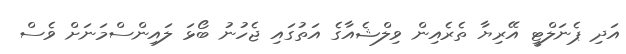
އަދި ޕެނަލްޓީ އޭރިޔާ ތެރެއިން ވިލްޝެއާގެ އަތުގައި ޖެހުނު ބޯޅަ ލައިންސްމަނަށް ވެސް